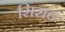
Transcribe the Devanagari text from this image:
सिसद